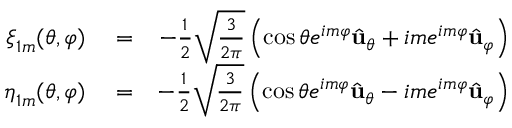
\begin{array} { r l r } { \boldsymbol { \xi } _ { 1 m } ( \theta , \varphi ) } & { { } = } & { - \frac { 1 } { 2 } \sqrt { \frac { 3 } { 2 \pi } } \left( \cos \theta e ^ { i m \varphi } \hat { { \bf u } } _ { \theta } + i m e ^ { i m \varphi } \hat { { \bf u } } _ { \varphi } \right) } \\ { \boldsymbol { \eta } _ { 1 m } ( \theta , \varphi ) } & { { } = } & { - \frac { 1 } { 2 } \sqrt { \frac { 3 } { 2 \pi } } \left( \cos \theta e ^ { i m \varphi } \hat { { \bf u } } _ { \theta } - i m e ^ { i m \varphi } \hat { { \bf u } } _ { \varphi } \right) } \end{array}